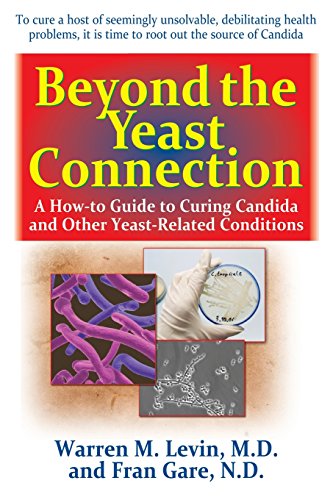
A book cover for Beyond the Yeast Connection: A How-To Guide to Curing Candida and Other Yeast-Related Conditions; Warren M. Levin; Health, Fitness & Dieting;